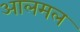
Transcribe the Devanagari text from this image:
आलमल